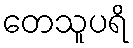
တေသူပရိ